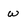
Character: w